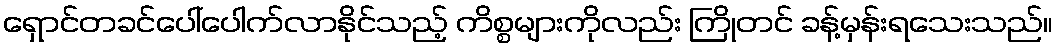
ရှောင်တခင်ပေါ်ပေါက်လာနိုင်သည့် ကိစ္စများကိုလည်း ကြိုတင် ခန့်မှန်းရသေးသည်။